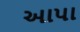
આપા